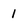
Character: 1